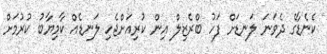
ކެނެޑާގެ ދެވަނަ ލަނޑަށް ފަހު ބްރެޒިލް އިން ކުރިއަށްޖެހި ލަނޑެއް ކާމިޔާބު ކުރުމަށް